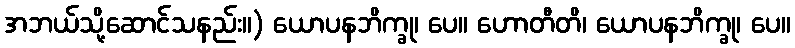
အဘယ်သို့ဆောင်သနည်း။) ယောပနဘိက္ခု၊ ပေ။ ဟောတီတိ၊ ယောပနဘိက္ခု၊ ပေ။